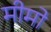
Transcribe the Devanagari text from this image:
मीमो